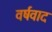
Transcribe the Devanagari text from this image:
वर्षवाद